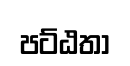
පට්ඨතා